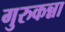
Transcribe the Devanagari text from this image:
गुरुकन्ना